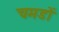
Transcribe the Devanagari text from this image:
चमडों